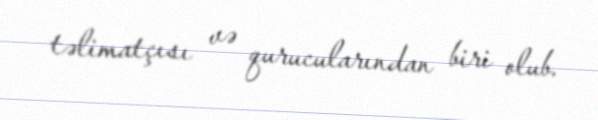
təlimatçısı və qurucularından biri olub.